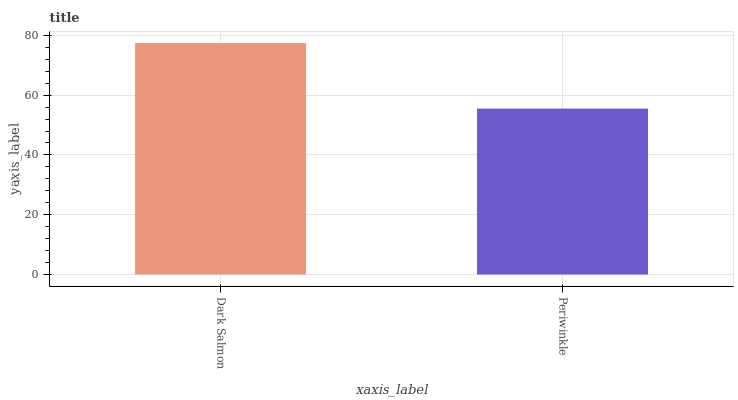
| xaxis_label | bars |
 | --- | --- |
 | Dark Salmon | 77.4 |
 | Periwinkle | 55.5 |